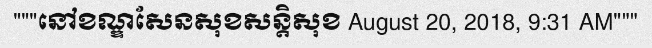
"""នៅខណ្ឌសែនសុខសន្តិសុខ August 20, 2018, 9:31 AM"""